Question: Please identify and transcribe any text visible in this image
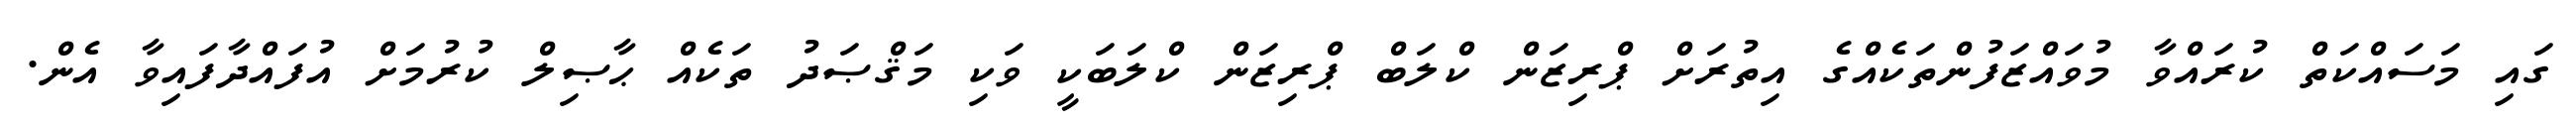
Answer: ގައި މަސައްކަތް ކުރައްވާ މުވައްޒަފުންތަކެއްގެ އިތުރަށް ޕްރިޒަން ކްލަބް ޕްރިޒަން ކްލަބަކީ ވަކި މަޤްޞަދު ތަކެއް ޙާޞިލް ކުރުމަށް އުފައްދާފައިވާ އެން.